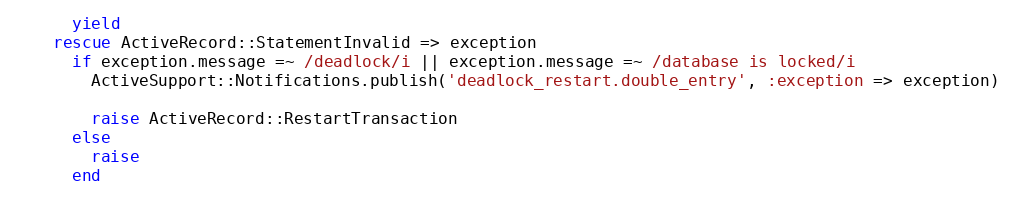
Language: Ruby
      yield
    rescue ActiveRecord::StatementInvalid => exception
      if exception.message =~ /deadlock/i || exception.message =~ /database is locked/i
        ActiveSupport::Notifications.publish('deadlock_restart.double_entry', :exception => exception)

        raise ActiveRecord::RestartTransaction
      else
        raise
      end